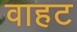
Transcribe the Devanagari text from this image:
वाहट